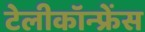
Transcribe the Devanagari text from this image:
टेलीकॉन्फ्रेंस